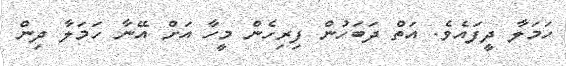
ހަމަލާ ދީފައެވެ. އަތް ދަބަހުން ފިރިހެން މީހާ އަށް އޭނާ ހަމަލާ ދިން